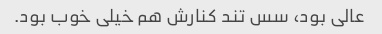
عالی بود، سس تند کنارش هم خیلی خوب بود.